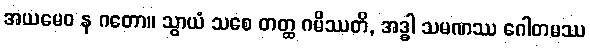
အယမေဝ န ဂတော။ သွာယံ သစေ တတ္ထ ဂမိဿတိ, အဒ္ဓါ သမဏဿ ဂေါတမဿ